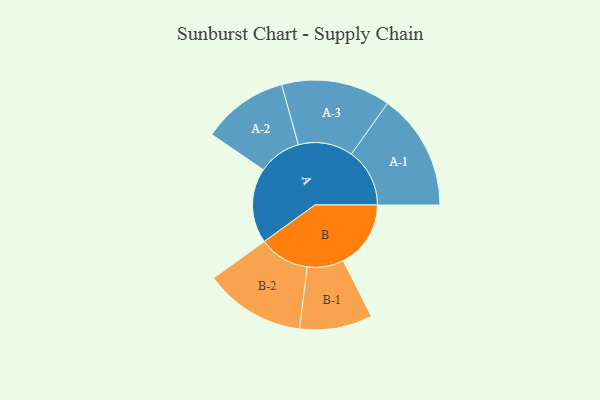
{"axis": {"x": "Segment", "y": "Value"}, "legend": ["", "A", "B"], "data": [{"x": "A", "y": 342, "type": ""}, {"x": "B", "y": 308, "type": ""}, {"x": "A-1", "y": 266, "type": "A"}, {"x": "A-2", "y": 196, "type": "A"}, {"x": "A-3", "y": 249, "type": "A"}, {"x": "B-1", "y": 166, "type": "B"}, {"x": "B-2", "y": 230, "type": "B"}]}